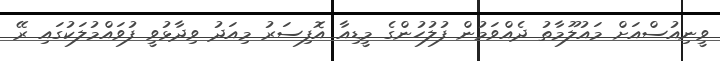
ވީނިއުސްއަށް މައުލޫމާތު ދެއްވަމުން ފުލުހުންގެ މީޑިއާ އޮފިސަރު މިއަދު ވިދާޅުވީ ފުވައްމުލަކުގައި ރޭ